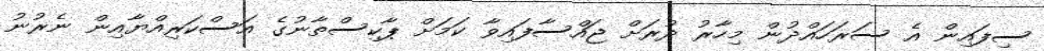
ސިފައިން އެ ސަރަހައްދުން މިހާރު ދުރަށް ޖައްސާފައިވާ ކަމަށް ޕާކިސްތާނުގެ އަސްކަރިއްޔާއިން ނެރުނު